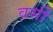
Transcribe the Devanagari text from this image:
वर्सी